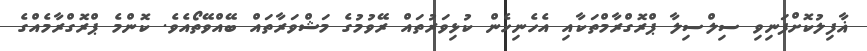
ޣާފިލުކޮށްފަނިވި ސިލްސިލާ ޕްރޮގްރާމްތަކާއި އެހެނިހެން ކުޅިވަރުތައް ރޭވުމުގެ މަޝްވަރާތައް ބޭއްވޭތޯއެވެ. ކޮންމެ ޕްރޮގްރާމެއްގެ